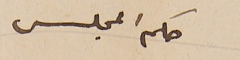
حكم المجلس